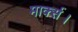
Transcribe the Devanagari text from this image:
मार्क्स।